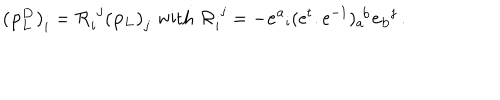
LaTeX: { \bf ( p _ { L } ^ { D } ) } _ { i } = { \cal R } _ { i } ^ { \, \, j } { \bf ( p _ { L } ) } _ { j } \, \, \mathrm { w i t h } \, \, { \cal R } _ { i } ^ { \, \, j } = - { \bf e ^ { a } } _ { i } ( e ^ { t } . e ^ { - 1 } ) _ { a } ^ { \, \, b } { \bf e _ { b } } ^ { j } \, .